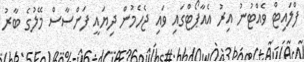
ފްލައިޓް ވެއްޓުނު އިރު އެއާޕޯޓްގައި ވައި ޖެހެމުން ދިޔައީ ފަންސާސް މޭލުގެ ބާރު